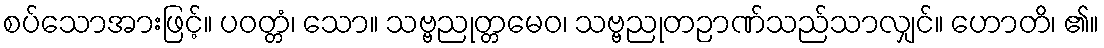
စပ်သောအားဖြင့်။ ပဝတ္တံ၊ သော။ သဗ္ဗညုတ္တမေဝ၊ သဗ္ဗညုတဉာဏ်သည်သာလျှင်။ ဟောတိ၊ ၏။